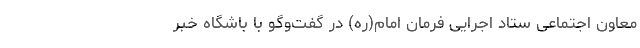
معاون اجتماعی ستاد اجرایی فرمان امام(ره) در گفت‌وگو با باشگاه خبر